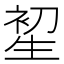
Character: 𤯦